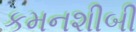
કમનશીબી